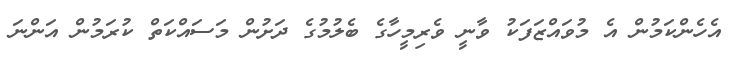
އެހެންކަމުން އެ މުވައްޒަފަކު ވާނީ ވެރިމީހާގެ ބެލުމުގެ ދަށުން މަސައްކަތް ކުރަމުން އަންނަ